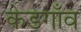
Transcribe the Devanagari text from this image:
केडगाँव